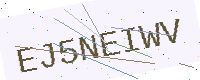
Text: EJ5NEIWV